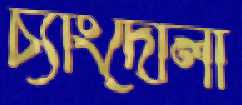
চ্যাংদোলা